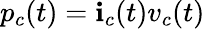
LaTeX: p_{c}(t)=\mathbf{i}_{c}(t)v_{c}(t)